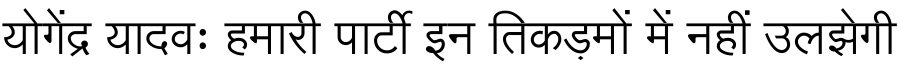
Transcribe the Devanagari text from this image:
योगेंद्र यादवः हमारी पार्टी इन तिकड़मों में नहीं उलझेगी